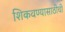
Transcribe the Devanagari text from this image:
शिकवण्यासाठीची